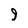
Character: 9